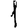
Digit: 1